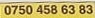
750 458 63 83